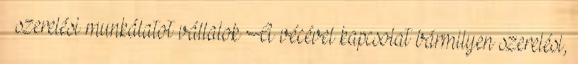
– szerelési munkálatot vállalok A vécével kapcsolat bármilyen szerelési,